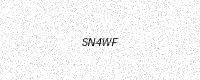
Text: SN4WF